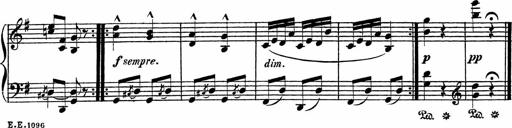
Title: Piano Sonatinas
Composer: Charles Fradel